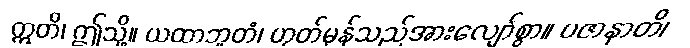
ဣတိ၊ ဤသို့။ ယထာဘူတံ၊ ဟုတ်မှန်သည်အားလျော်စွာ။ ပဇာနာတိ၊